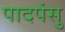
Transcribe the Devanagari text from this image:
पादपंसु